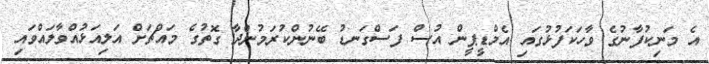
އެ މަނިކުފާނުގެ ވާހަކަފުޅުގައި އެމްޑީޕީން އުސް ފަސްގަނޑުު ބޭނުންކުރަމުންދާ ގޮތުގެ މައްޗަށް އަލިއަޅުއްވާލައްވައި